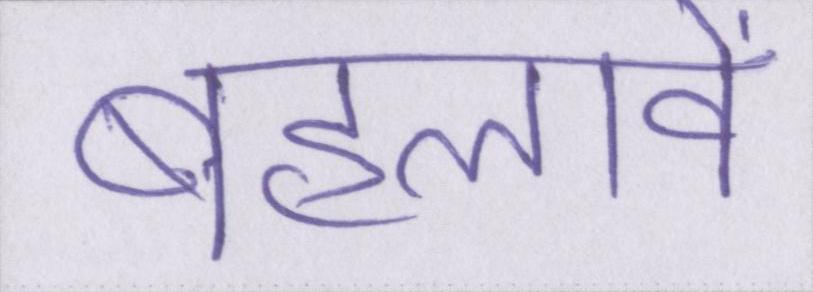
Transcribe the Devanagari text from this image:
बहलावे